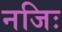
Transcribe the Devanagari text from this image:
नजिः